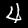
Label: 4